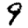
Digit: 9